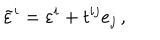
\tilde { \varepsilon } ^ { i } = \varepsilon ^ { i } + t ^ { i j } e _ { j } \, ,